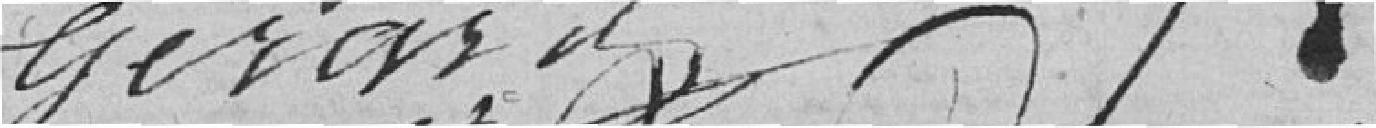
Gérard